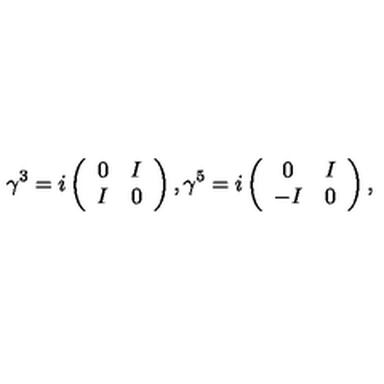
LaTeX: \gamma ^ { 3 } = i \left( \begin{array} { c c } { 0 } & { I } \\ { I } & { 0 } \\ \end{array} \right) , \gamma ^ { 5 } = i \left( \begin{array} { c c } { 0 } & { I } \\ { - I } & { 0 } \\ \end{array} \right) ,